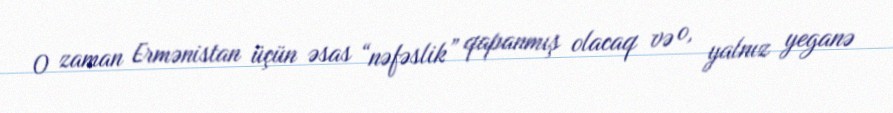
O zaman Ermənistan üçün əsas “nəfəslik” qapanmış olacaq və o, yalnız yeganə